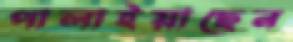
পালাইয়াছেন